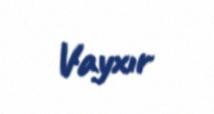
Vayxır